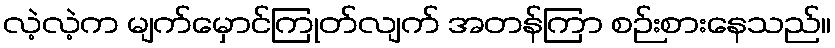
လဲ့လဲ့က မျက်မှောင်ကြုတ်လျက် အတန်ကြာ စဉ်းစားနေသည်။